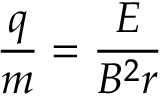
{ \frac { q } { m } } = { \frac { E } { B ^ { 2 } r } }